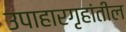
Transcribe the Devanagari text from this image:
उपाहारगृहांतील